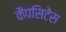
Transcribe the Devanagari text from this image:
कैपसिटेंस